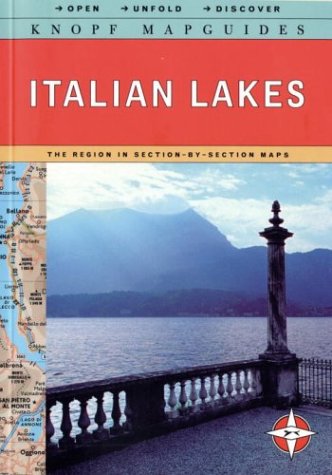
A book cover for Knopf MapGuide: Italian Lakes (Knopf Mapguides); Knopf Guides; Travel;